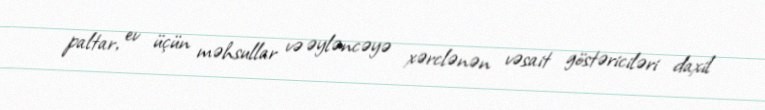
paltar, ev üçün məhsullar və əyləncəyə xərclənən vəsait göstəriciləri daxil